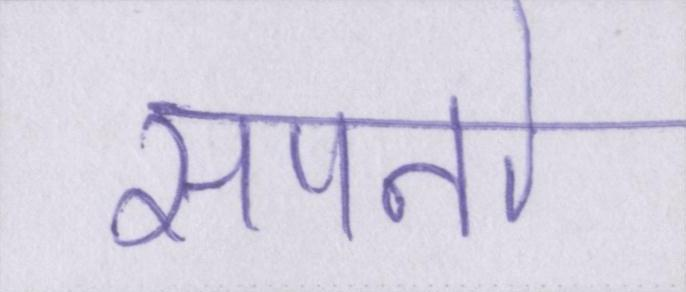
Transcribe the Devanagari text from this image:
सपनो